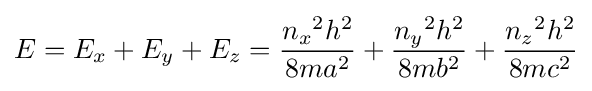
E=E_{x}+E_{y}+E_{z}={\frac {{n_{x}}^{2}{h^{2}}}{8m{a^{2}}}}+{\frac {{n_{y}}^{2}{h^{2}}}{8m{b^{2}}}}+{\frac {{n_{z}}^{2}{h^{2}}}{8m{c^{2}}}}